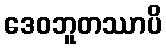
ဒေဝဘူတဿာပိ